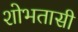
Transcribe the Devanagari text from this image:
शोभतासी